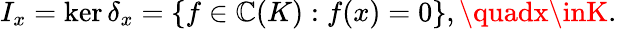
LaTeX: I_{x}=\ker\delta_{x}=\{ f\in\mathbb{C}(K):f(x)=0\} ,\quadx\inK.